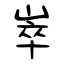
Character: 崒